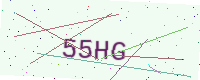
Text: 55HG